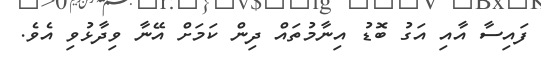
ފައިސާ އާއި އަގު ބޮޑު އިނާމުތައް ދިން ކަމަށް އޭނާ ވިދާޅުވި އެވެ.